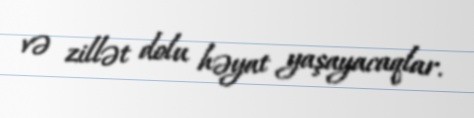
və zillət dolu həyat yaşayacaqlar.